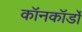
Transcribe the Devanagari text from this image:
कॉनकॉर्डों